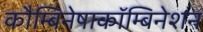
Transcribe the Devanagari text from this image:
कौम्बिनेषाकॉम्बिनेशन